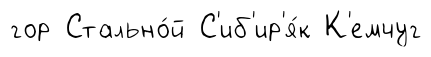
гор Стально́й С'иб'ир'я́к К'емчуг